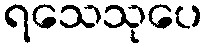
ရသေသုပေ